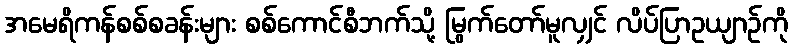
အမေရိကန်စစ်စခန်းများ စစ်ကောင်စီဘက်သို့ မြွက်တော်မူလျှင် လိပ်ပြာဥယျာဉ်ကို